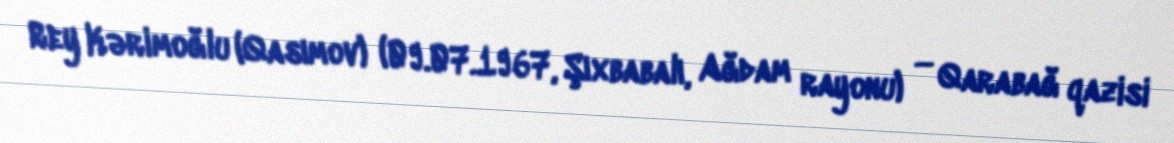
Rey Kərimoğlu (Qasımov) (09.07.1967, Şıxbabalı, Ağdam rayonu) — Qarabağ qazisi